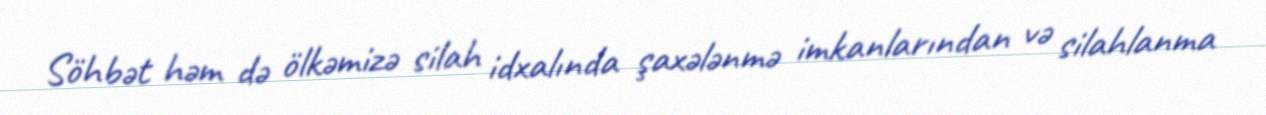
Söhbət həm də ölkəmizə silah idxalında şaxələnmə imkanlarından və silahlanma